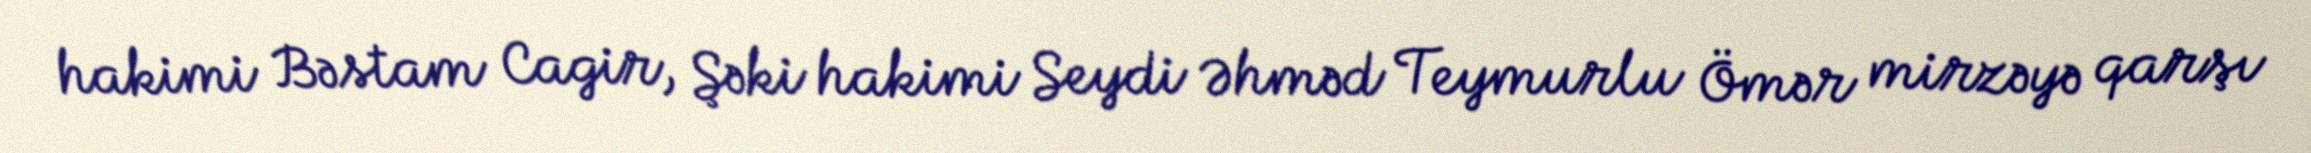
hakimi Bəstam Cagir, Şəki hakimi Seydi Əhməd Teymurlu Ömər mirzəyə qarşı